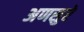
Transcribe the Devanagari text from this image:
अणसुरे